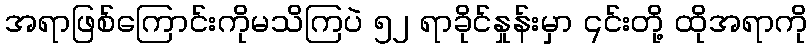
အရာဖြစ်ကြောင်းကိုမသိကြပဲ ၅၂ ရာခိုင်နှုန်းမှာ ၎င်းတို့ ထိုအရာကို